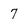
Character: 7